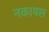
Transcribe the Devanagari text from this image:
नकायस